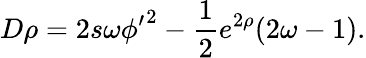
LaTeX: D\rho=2s\omega{\phi^{\prime}}^{2}-\frac 12e^{2\rho}(2\omega-1).